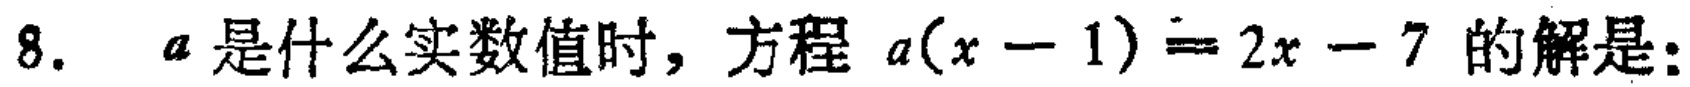
8. \(a\)是什么实数值时，方程 \(a(x - 1)=2x - 7\) 的解是：